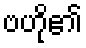
ဗဟို၏